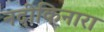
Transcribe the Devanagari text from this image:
नदीकिनारा